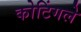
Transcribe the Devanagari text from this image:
कोटिंगले